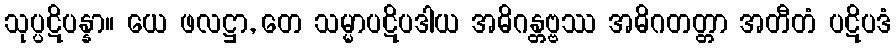
သုပ္ပဋိပန္နာ။ ယေ ဖလဋ္ဌာ, တေ သမ္မာပဋိပဒါယ အဓိဂန္တဗ္ဗဿ အဓိဂတတ္တာ အတီတံ ပဋိပဒံ